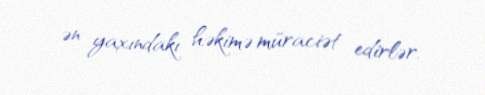
ən yaxındakı həkimə müraciət edirlər.